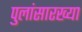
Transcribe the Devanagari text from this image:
पुलांसारख्या